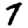
Digit: 7